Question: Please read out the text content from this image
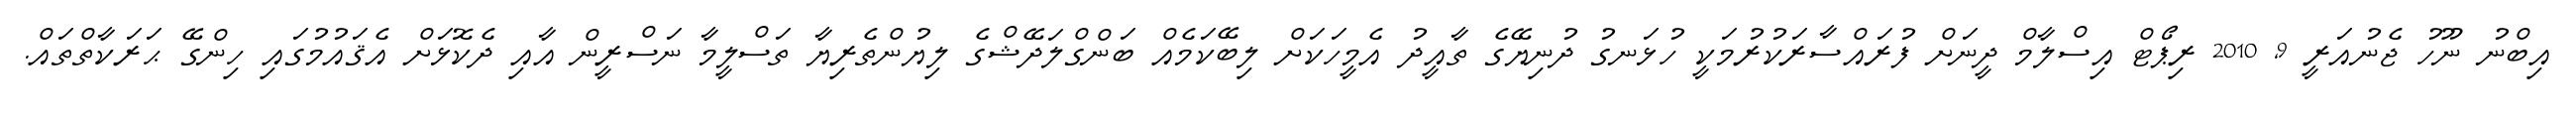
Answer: އިބްނު ނޫހު ޖެނުއަރީ 9, 2010 ރިޕޯޓް އިސްލާމް ދީނަށް ފުރައްސާރަކުރުމަކީ ހުޅަނގު ދުނިޔޭގެ ތާއީދު އެމީހަކަށް ލިބޭކަމެއް ބަންގްލަދޭޝްގެ ލިޔުންތެރިޔާ ތަސްލީމާ ނަސްރީން އާއި ދެކޮޅަށް އެޤައުމުގައި ހިންގޭ ޙަރަކާތްތައް.